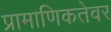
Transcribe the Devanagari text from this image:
प्रामाणिकतेवर